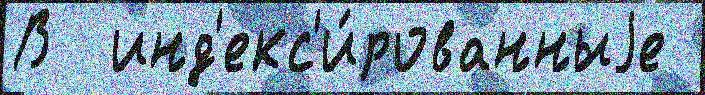
В  инд'екс'и́рованныjе